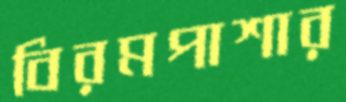
বিরমপাশার